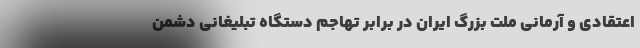
اعتقادی و آرمانی ملت بزرگ ایران در برابر تهاجم دستگاه تبلیغانی دشمن